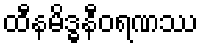
ထီနမိဒ္ဓနီဝရဏဿ